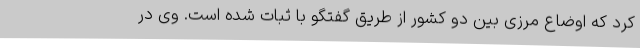
کرد که اوضاع مرزی بین دو کشور از طریق گفتگو با ثبات شده است. وی در